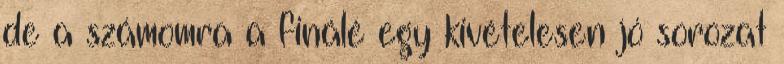
de a számomra a finálé egy kivételesen jó sorozat